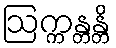
ဩက္ကန္တန္တိ